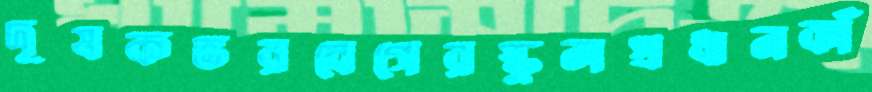
দূষকভরবেগেরস্কুলপ্রধানকাঁ